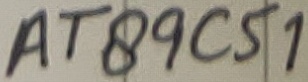
Text: AT89C51